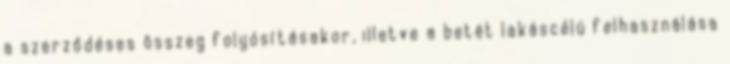
a szerződéses összeg folyósításakor, illetve a betét lakáscélú felhasználása